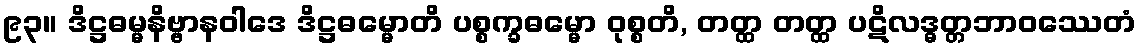
၉၃။ ဒိဋ္ဌဓမ္မနိဗ္ဗာနဝါဒေ ဒိဋ္ဌဓမ္မောတိ ပစ္စက္ခဓမ္မော ဝုစ္စတိ, တတ္ထ တတ္ထ ပဋိလဒ္ဓတ္တဘာဝဿေတံ